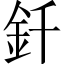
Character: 釺